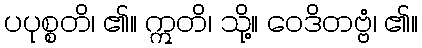
ပပုစ္စတိ၊ ၏။ ဣတိ၊ သို့။ ဝေဒိတဗ္ဗံ၊ ၏။